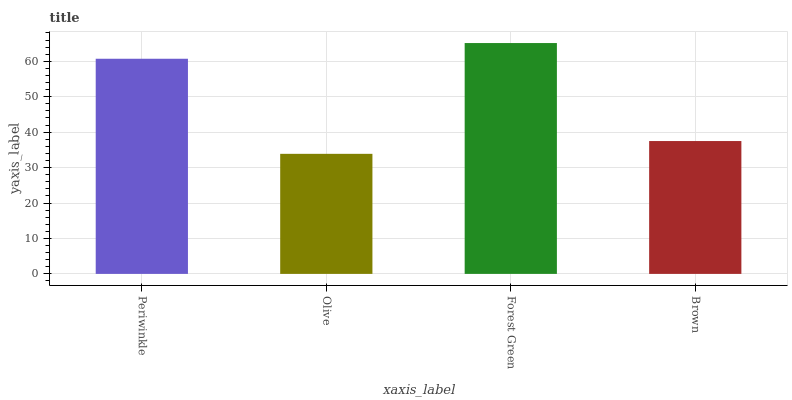
| xaxis_label | bars |
 | --- | --- |
 | Periwinkle | 60.7 |
 | Olive | 33.9 |
 | Forest Green | 65.2 |
 | Brown | 37.5 |